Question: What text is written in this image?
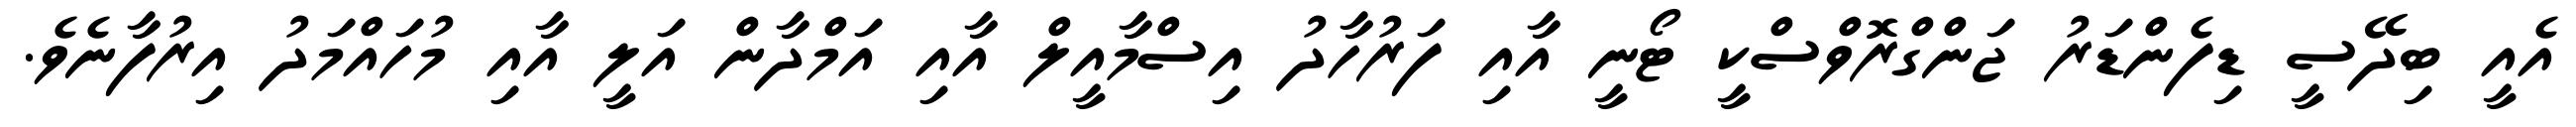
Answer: އެއީ ބިދޭސީ ޑިފެންޑަރު ޖަންގްރޮވްސްކީ ޓޯނީ އާއި ފަރުހާދު އިސްމާއީލް އާއި އަމްދާން އަލީ އާއި މުހައްމަދު އިރުފާނެވެ.